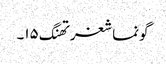
گونماشغرتھنگ ۱۵۔